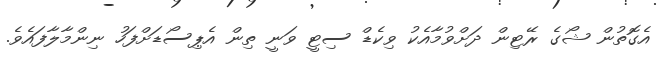
އެގޮތުން ޝޯގެ ރޭޓިން ދަށްވުމާއެކު ވިކެޑް ސިޓީ ވަނީ ތިން އެޕިސޯޑަށްފަހު ނިންމާލާފައެވެ.